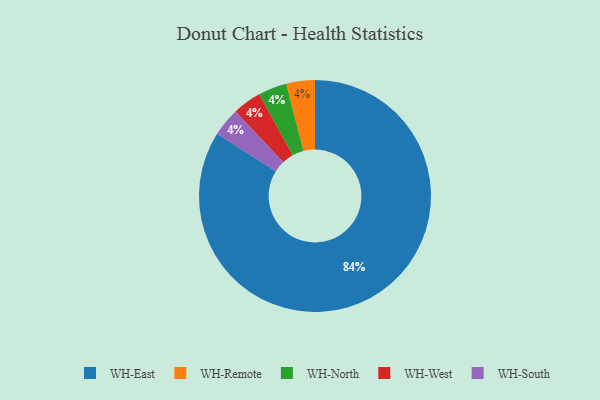
{"axis": {"x": "Category", "y": "Percentage"}, "legend": ["WH-East", "WH-North", "WH-Remote", "WH-South", "WH-West"], "data": [{"x": "WH-Remote", "y": 4, "type": "WH-Remote"}, {"x": "WH-East", "y": 84, "type": "WH-East"}, {"x": "WH-North", "y": 4, "type": "WH-North"}, {"x": "WH-West", "y": 4, "type": "WH-West"}, {"x": "WH-South", "y": 4, "type": "WH-South"}]}